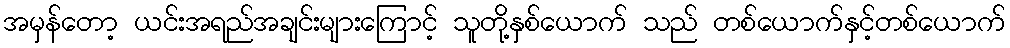
အမှန်တော့ ယင်းအရည်အချင်းများကြောင့် သူတို့နှစ်ယောက် သည် တစ်ယောက်နှင့်တစ်ယောက်